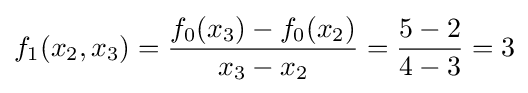
f_{1}(x_{2},x_{3})={\frac {f_{0}(x_{3})-f_{0}(x_{2})}{x_{3}-x_{2}}}={\frac {5-2}{4-3}}=3